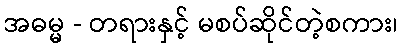
အဓမ္မ - တရားနှင့် မစပ်ဆိုင်တဲ့စကား၊